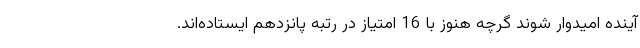
آینده امیدوار شوند گرچه هنوز با 16 امتیاز در رتبه پانزدهم ایستاده‌اند.